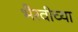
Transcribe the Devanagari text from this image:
भैरवीच्या